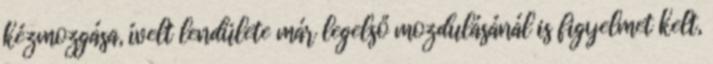
kézmozgása, ívelt lendülete már legelső mozdulásánál is figyelmet kelt,